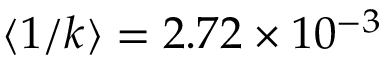
\langle 1 / k \rangle = 2 . 7 2 \times 1 0 ^ { - 3 }